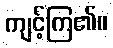
ကျင့်ကြ၏။